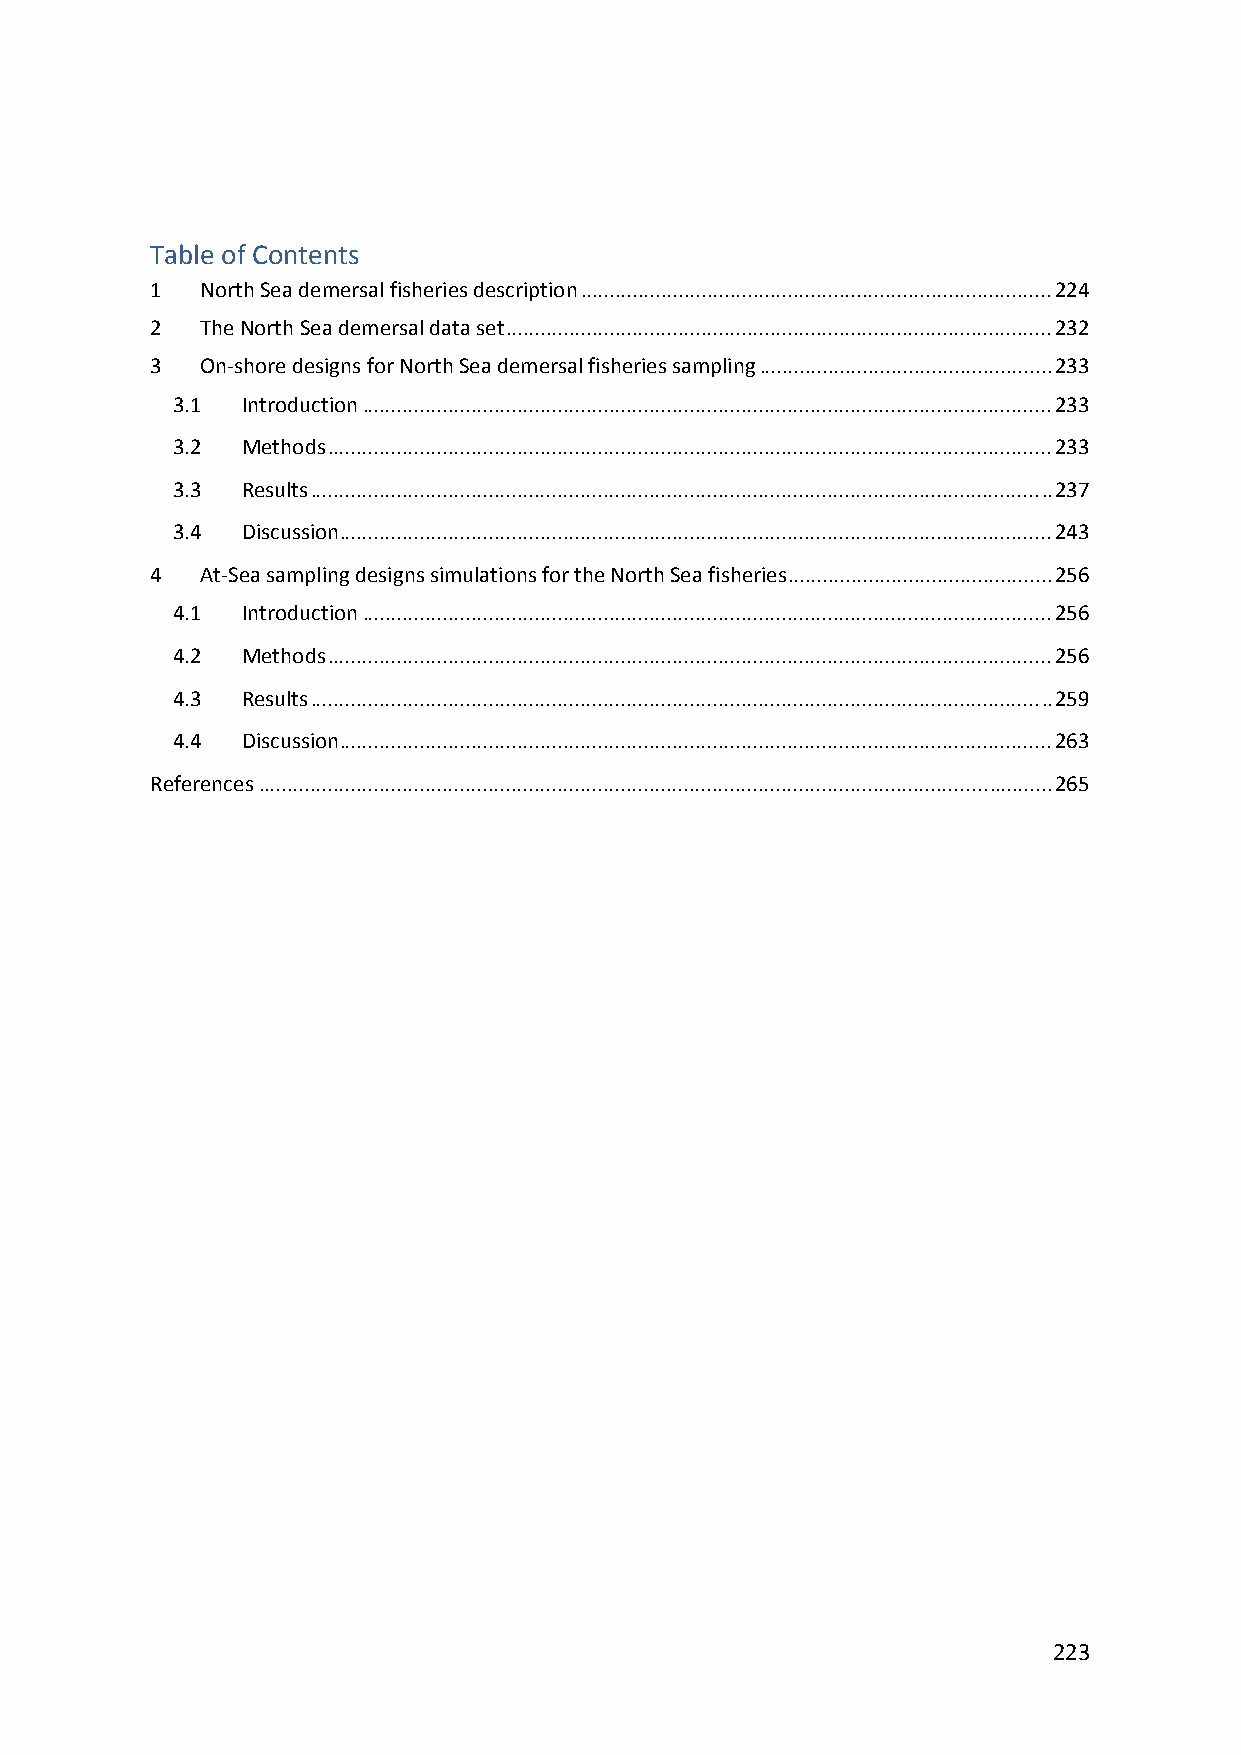
Table of Contents
 1  North Sea demersal fisheries description .................................................................................. 224
 2  The North Sea demersal data set ............................................................................................... 232
 3  On‐shore designs for North Sea demersal fisheries sampling ................................................... 233
 3.1  Introduction ........................................................................................................................ 233
 3.2  Methods .............................................................................................................................. 233
 3.3  Results ................................................................................................................................. 237
 3.4  Discussion ............................................................................................................................ 243
 4  At‐Sea sampling designs simulations for the North Sea fisheries .............................................. 256
 4.1  Introduction ........................................................................................................................ 256
 4.2  Methods .............................................................................................................................. 256
 4.3  Results ................................................................................................................................. 259
 4.4  Discussion ............................................................................................................................ 263
 References .......................................................................................................................................... 265
 223